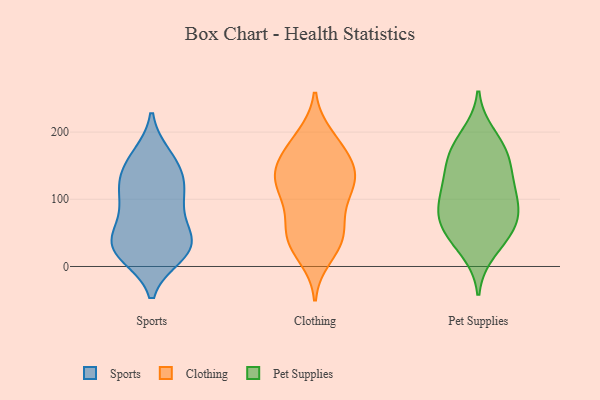
{"axis": {"x": "Demand Index", "y": "Value"}, "legend": ["Clothing", "Pet Supplies", "Sports"], "data": [{"x": "", "y": 95, "type": "Sports"}, {"x": "", "y": 20, "type": "Sports"}, {"x": "", "y": 37, "type": "Sports"}, {"x": "", "y": 140, "type": "Sports"}, {"x": "", "y": 55, "type": "Sports"}, {"x": "", "y": 164, "type": "Sports"}, {"x": "", "y": 125, "type": "Sports"}, {"x": "", "y": 18, "type": "Sports"}, {"x": "", "y": 32, "type": "Sports"}, {"x": "", "y": 111, "type": "Sports"}, {"x": "", "y": 63, "type": "Sports"}, {"x": "", "y": 32, "type": "Sports"}, {"x": "", "y": 16, "type": "Sports"}, {"x": "", "y": 165, "type": "Sports"}, {"x": "", "y": 144, "type": "Sports"}, {"x": "", "y": 88, "type": "Sports"}, {"x": "", "y": 115, "type": "Sports"}, {"x": "", "y": 31, "type": "Sports"}, {"x": "", "y": 185, "type": "Clothing"}, {"x": "", "y": 141, "type": "Clothing"}, {"x": "", "y": 193, "type": "Clothing"}, {"x": "", "y": 95, "type": "Clothing"}, {"x": "", "y": 140, "type": "Clothing"}, {"x": "", "y": 165, "type": "Clothing"}, {"x": "", "y": 39, "type": "Clothing"}, {"x": "", "y": 33, "type": "Clothing"}, {"x": "", "y": 134, "type": "Clothing"}, {"x": "", "y": 138, "type": "Clothing"}, {"x": "", "y": 57, "type": "Clothing"}, {"x": "", "y": 89, "type": "Clothing"}, {"x": "", "y": 51, "type": "Clothing"}, {"x": "", "y": 121, "type": "Clothing"}, {"x": "", "y": 179, "type": "Clothing"}, {"x": "", "y": 15, "type": "Clothing"}, {"x": "", "y": 111, "type": "Clothing"}, {"x": "", "y": 42, "type": "Clothing"}, {"x": "", "y": 135, "type": "Clothing"}, {"x": "", "y": 108, "type": "Pet Supplies"}, {"x": "", "y": 42, "type": "Pet Supplies"}, {"x": "", "y": 73, "type": "Pet Supplies"}, {"x": "", "y": 121, "type": "Pet Supplies"}, {"x": "", "y": 195, "type": "Pet Supplies"}, {"x": "", "y": 176, "type": "Pet Supplies"}, {"x": "", "y": 156, "type": "Pet Supplies"}, {"x": "", "y": 82, "type": "Pet Supplies"}, {"x": "", "y": 58, "type": "Pet Supplies"}, {"x": "", "y": 23, "type": "Pet Supplies"}, {"x": "", "y": 113, "type": "Pet Supplies"}, {"x": "", "y": 85, "type": "Pet Supplies"}, {"x": "", "y": 57, "type": "Pet Supplies"}, {"x": "", "y": 171, "type": "Pet Supplies"}, {"x": "", "y": 146, "type": "Pet Supplies"}]}